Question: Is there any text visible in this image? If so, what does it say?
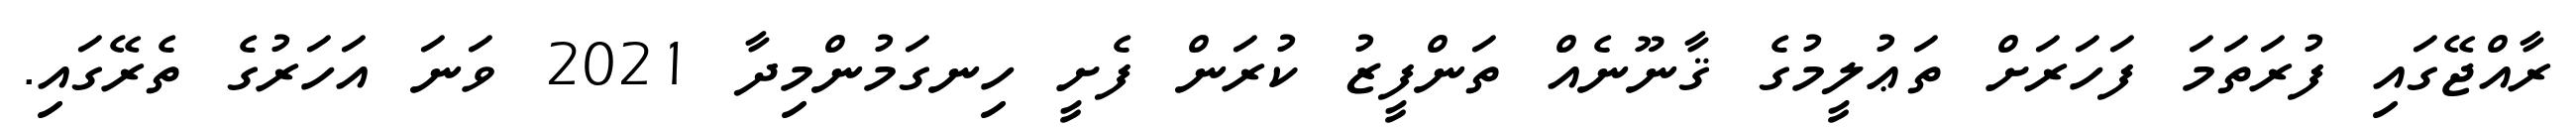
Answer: ރާއްޖޭގައި ފުރަތަމަ ފަހަރަށް ތަޢުލީމުގެ ޤާނޫނެއް ތަންފީޒު ކުރަން ފެށީ ހިނގަމުންމިދާ 2021 ވަނަ އަހަރުގެ ތެރޭގައި.